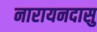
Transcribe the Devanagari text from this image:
नारायनदासु